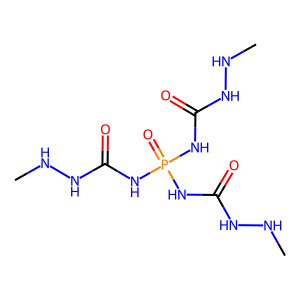
SMILES: CNNC(=O)NP(=O)(NC(=O)NNC)NC(=O)NNC
Inhibits HIV replication: No